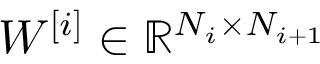
W ^ { [ i ] } \in \mathbb { R } ^ { N _ { i } \times N _ { i + 1 } }